Annual report on the lock hospitals of the Madras Presidency
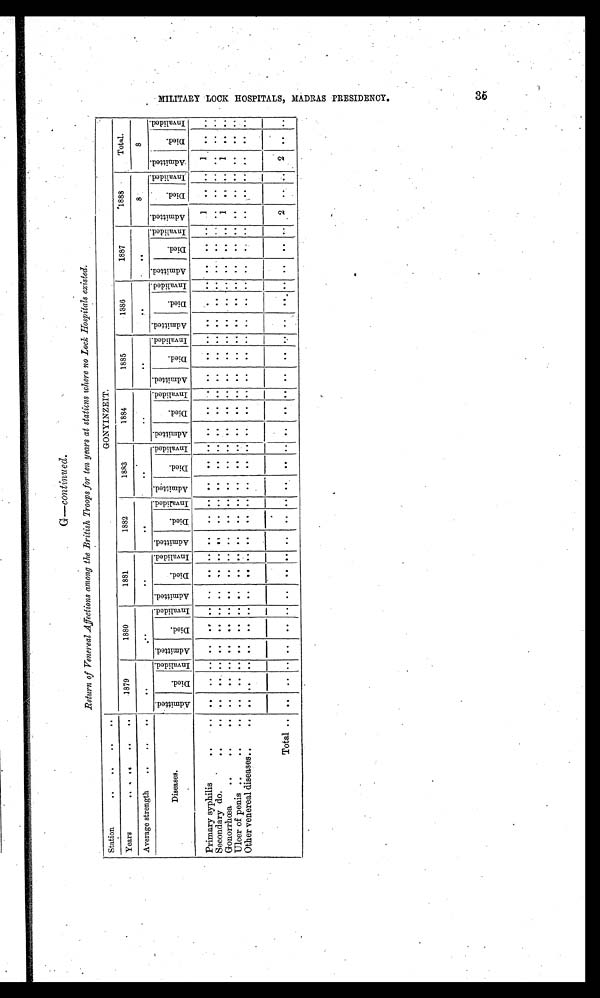
G—Continued.
Return of Venereal Affections among the British Troops for ten years at stations where no Lock Hospitals existed.
Station
. . . .
..
. .
GONYINZEIT.
Years
. . ..
. .
..
1879
1880
1881
1882
1853
1884
1885
1886
1887
1 8 8 8
Total.
Average strength
. .
..
. .
.
.
.
.
. .
. .
. .
. .
. .
. .
..
. .
8
8
Diseases.
A d m i t t e d .
D i e d .
I n v a l i d e d . A d m i t t e d .
D i e d .
I n v a l i d e d .
A d m i t t e d .
D i e d .
I nval i ded. A d m i t t e d .
D i e d .
I nval i ded. A d m i t t e d .
Di e d .
I n v a l i d e d . A d m i t t e d .
D i e d .
I n v a l i d e d . A d m i t t e d .
D i e d .
I n v a l i d e d .
A d m i t t e d .
D i e d .
I n v a l i d e d . A d m i t t e d .
D i e d .
I n v a l i d e d .
A d m i t t e d .
D i e d .
I n v a l i d e d . A d m i t t e d .
D i e d .
I n v a l i d e d .
Primary syphilis
. .
. . . .
. . . . .. . . . .
. .
. . ..
.. . . ..
. .
. .
. . . .
. .
. . . .
. . . .
.
.
. . . . ..
. . . . 1 . .
. .
1
. . ..
Secondary do...
..
. . .
.
. . . .
. . .
. . . ..
. .
. . ..
.. ..
..
. . ..
. .
..
. . ..
. .
. . . .
. .
. .
. .
. .
. . ..
. .
. . ..
. .
. . . . ..
. .
Gonorrhœa
. .
. .
. . . . . . . . ..
. .
. . . .
. . ..
.. .. ..
. .
..
. . ..
. . ..
. .
. .
. .
. .
. . . . ..
. .
. . 1
. . .. 1
..
. .
Ulcer of penis ..
. .
. .
. .
. . . . ..
. .
. . . .
. . ..
..
. . ..
. . ..
. . . .
. .
. . . .
. .
. .
. .
. . . .
. . . . .. . . . . . .
. . . .
Other venereal diseases.. ..
. . . . . . . . . . . . . . . .
. . ..
..
. . ..
. .
..
. . .. . .
. . . .
. .
. .
. .
. .
. . .. .. . . ..
. .
. . . .
. .
. .
Total . . . .
. .
. .
..
. .
. .
..
.. ..
..
. .
..
. .
..
. . ..
. .
. .
..
.. . . ..
. .
. .
..
. .
. . 2 ..
. . 2
. .
. .
M I L I T A R Y L O C K H O S P I T A L S , M A D R A S P R E S I D E N C Y . 3 5